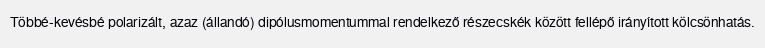
Többé-kevésbé polarizált, azaz (állandó) dipólusmomentummal rendelkező részecskék között fellépő irányított kölcsönhatás.